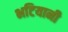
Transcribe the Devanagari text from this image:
भटियानी